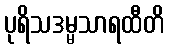
ပုရိသဒမ္မသာရထီတိ